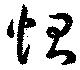
惻